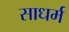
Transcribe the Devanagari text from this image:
साधर्म